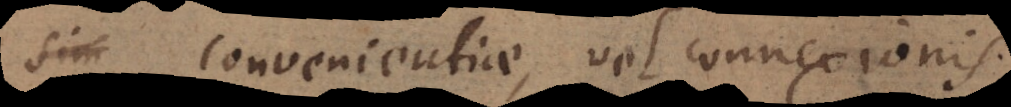
vel convenientiae, vel connexionis.